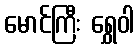
မောင်ကြီး ရွှေဝါ